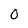
Character: 0